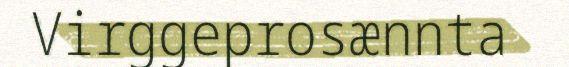
Virggeprosænnta